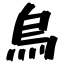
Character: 烏